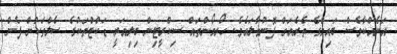
އަނެއްކާވެސް ބައިލްގެ ތެރެއަށް ފޮނުވާލައެވެ. ހޯރމޯންތައް ސިކްރީޓިން ބިލިއަރީ ޑަކްޓްތަކުގެ ސެލްތަކުން ފެން